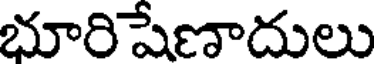
భూరిషేణాదులు